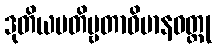
ဒုတိယပတိဗ္ဗတာဝိမာနဝတ္ထု